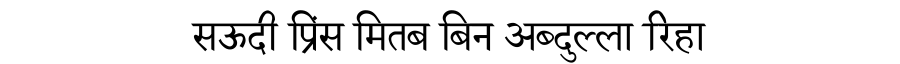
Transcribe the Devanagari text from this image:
सऊदी प्रिंस मितब बिन अब्दुल्ला रिहा